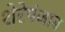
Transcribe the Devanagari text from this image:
शेरेपंजाब